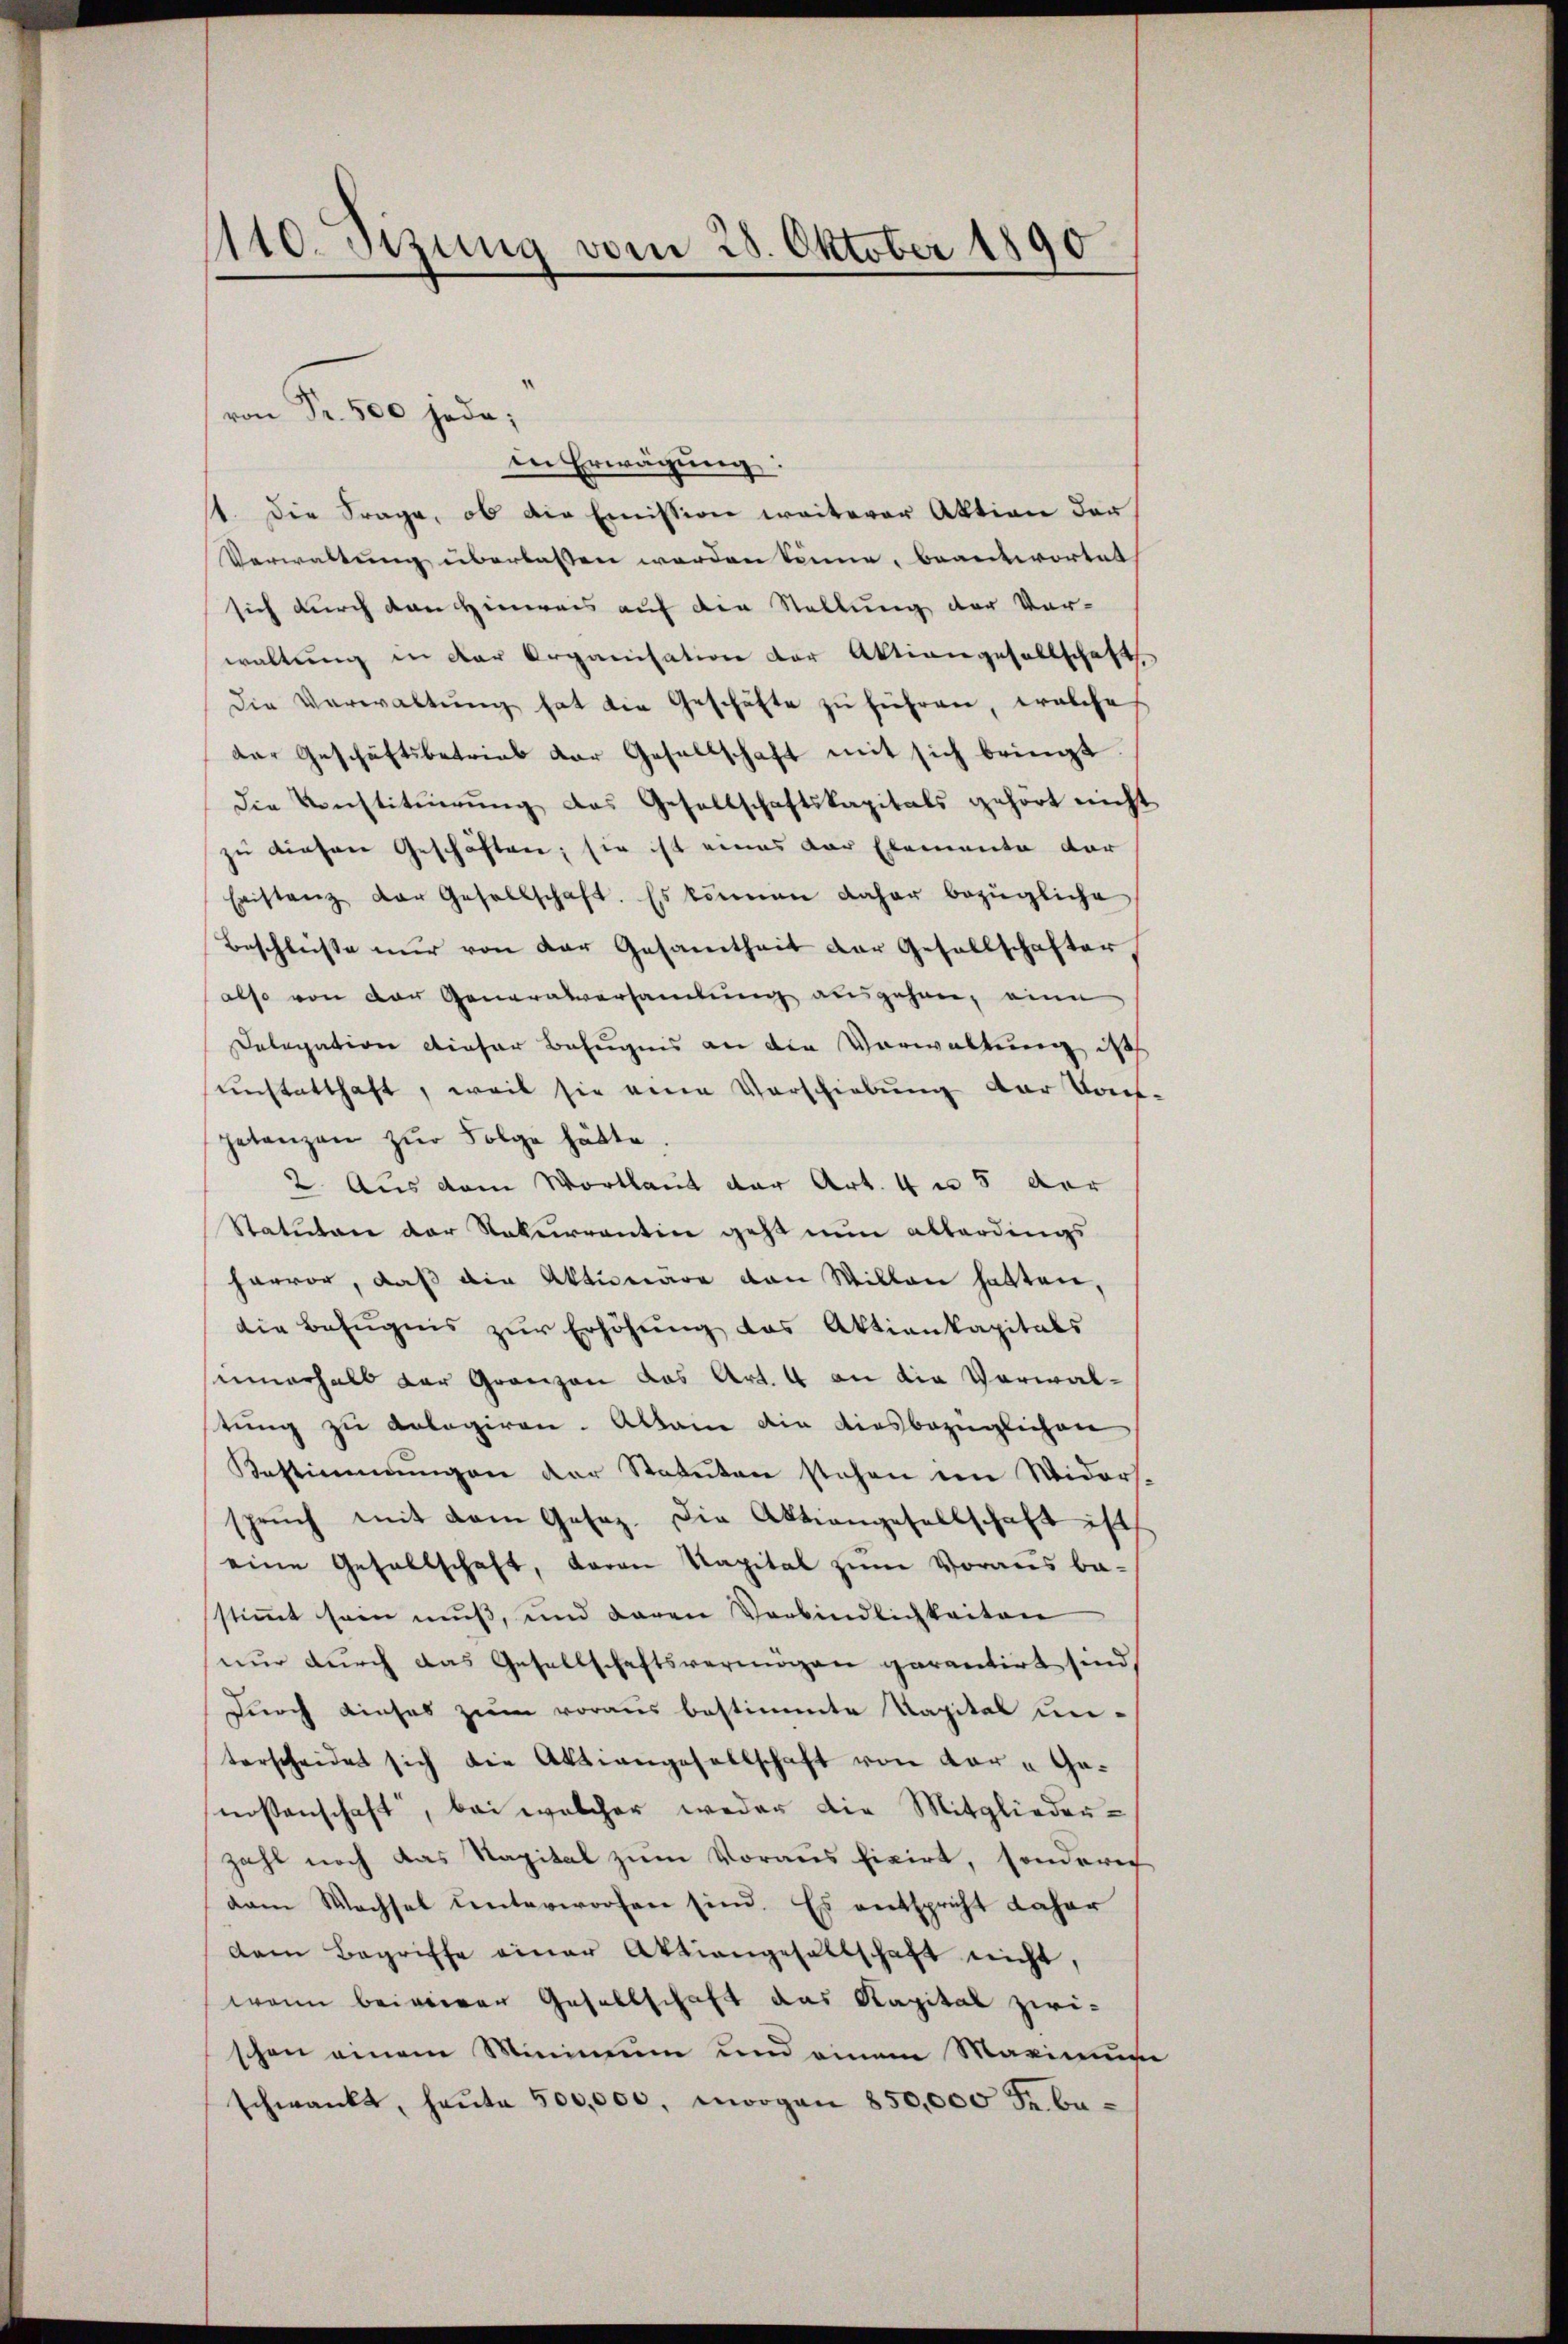
110. Sitzung vom 28. Oktober 1890

in Erwägung:
1. Die Frage, ob die Emission weiterer Aktion der
Verwaltung überlassen werden könne, beantwortet
sich durch den Hinweis auf die Stellung der Vor-
waltŭng in der Organisation der Aktiengesellschaft
die Verwaltŭng hat die Geschäfte zu führen, welche
der Geschäftsbetrieb der Gesellschaft mit sich bringt.
die Konstituirung das Gesellschaftskapitals gehört nicht
zu diesen Geschäften; sie ist eines vor Elemente der
Eristanz der Gesellschaft. Es können daher bezügliche
Beschlüsse nur von der Gesamtheit der Gesellschafter
also von der Generalversamlung ausgehen, eine
Delegation dieser Befugnis an die Vorwaltung des
sunstatthaft, weil sie eine Vorschiebung der Vont.
getanzen zŭr Folge hätte.
2. Aus dem Wortlaut der Art. 4 n 5 der
Statuten der Rekurrentin geht nun allerdings
hervor, daß die Aktionare von Willen hatten,
die Befugnis zŭr Erhöhung das Aktienkapitals
innerhalb der Gränzen das Art. 4 an die Verwaltung zu Anlagiren. Alleine die diesbezüglichen
Bestimmungen der Statuten stehen im Widers.
sprŭch mit dem Gesez. Die Aktiengesellschaft ist
eine Gesellschaft, daran Kapital zum Vorausba-
stimmt sein muß, und daran Verbindlichkeiten
nur durch das Gesellschaftsvermögen garantirt sind,
Durch dieses zum voraus bestimmte Kapital unterscheidet sich die Aktiengesellschaft von der - Genossenschaft, bei welcher weder die Mitgliederzahl noch das Kapital zum Voraus fixirt, sondere
dam Wachsel unterworfen sind. Es entspricht daher
dem Begriffe einer Aktiengehaltschaft nicht,
wenn beimeren Gesellschaft das Kapital zwi-
schon einem Minimum und einem Maximum
schwankt, heŭte 500,000, morgen 850,000 Fr. be-

von Fr. 500 jede;

e